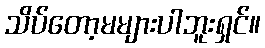
သိပ်တော့မများပါဘူးရှင်။